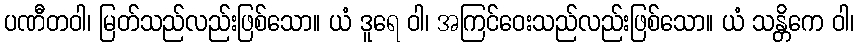
ပဏီတဝါ၊ မြတ်သည်လည်းဖြစ်သော။ ယံ ဒူရေ ဝါ၊ အကြင်ဝေးသည်လည်းဖြစ်သော။ ယံ သန္တိကေ ဝါ၊